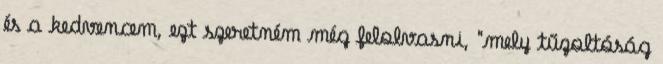
és a kedvencem, ezt szeretném még felolvasni, "mely tűzoltóság